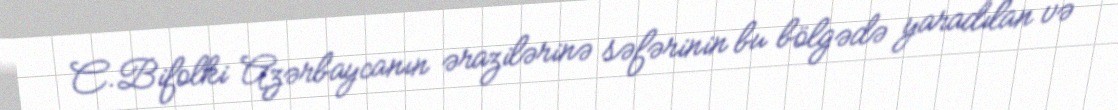
C.Bifolki Azərbaycanın ərazilərinə səfərinin bu bölgədə yaradılan və